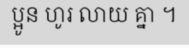
ប្អូន ហូរ លាយ គ្នា ។